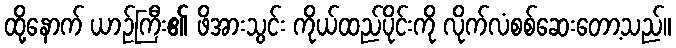
ထို့နောက် ယာဉ်ကြီး၏ ဖိအားသွင်း ကိုယ်ထည်ပိုင်းကို လိုက်လံစစ်ဆေးတော့သည်။